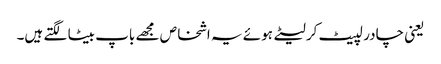
یعنی چادر لپیٹ کر لیٹے ہوئے یہ اشخاص مجھے باپ بیٹا لگتے ہیں۔